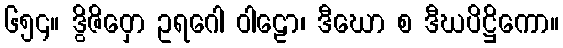
၆၅၄။ ဒွိဇိဝှော ဥရဂေါ ဝါဠော၊ ဒီဃော စ ဒီဃပိဋ္ဌိကော။